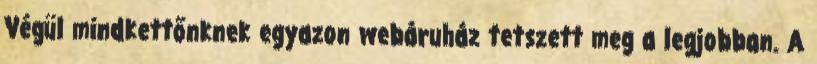
Végül mindkettőnknek egyazon webáruház tetszett meg a legjobban. A